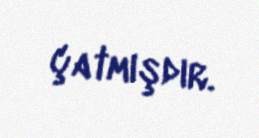
çatmışdır.